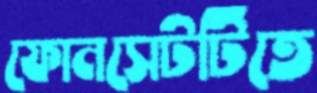
ফোনসেটটিতে